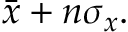
\textstyle { \bar { x } } + n \sigma _ { x } .